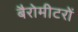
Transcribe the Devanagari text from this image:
बैरोमीटरों